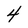
Character: 4